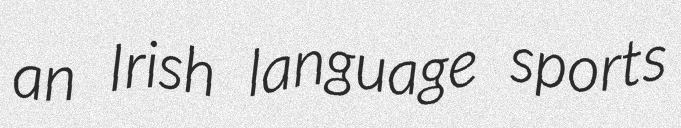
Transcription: an Irish language sports